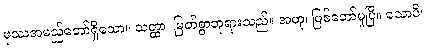
ဖုဿအမည်တော်ရှိသော။ သတ္ထာ၊ မြတ်စွာဘုရားသည်။ အဟု၊ ဖြစ်တော်မူပြီ။ သောပိ၊